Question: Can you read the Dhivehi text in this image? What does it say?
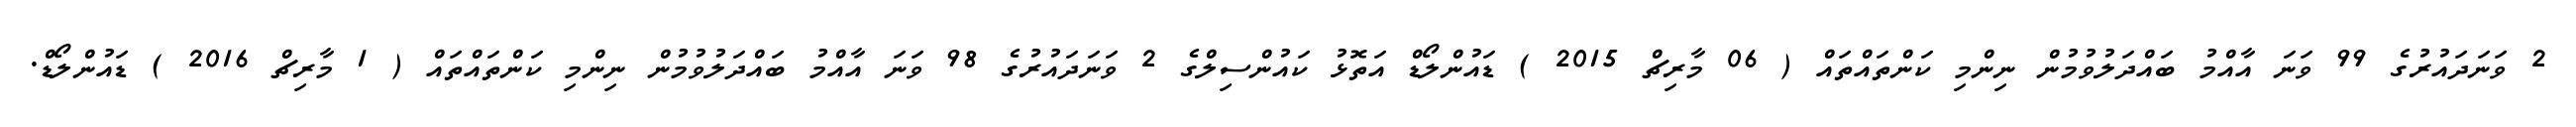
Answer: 2 ވަނަދައުރުގެ 99 ވަނަ އާއްމު ބައްދަލުވުމުން ނިންމި ކަންތައްތައް ( 06 މާރިޗް 2015 ) ޑައުންލޯޑް އަތޮޅު ކައުންސިލްގެ 2 ވަނަދައުރުގެ 98 ވަނަ އާއްމު ބައްދަލުވުމުން ނިންމި ކަންތައްތައް ( 1 މާރިޗް 2016 ) ޑައުންލޯޑް.